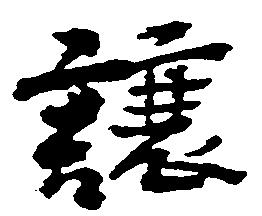
譲